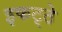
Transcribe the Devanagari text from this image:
इकट्‍ठे